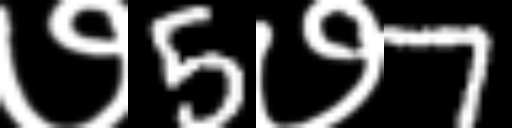
Text: ७5७7